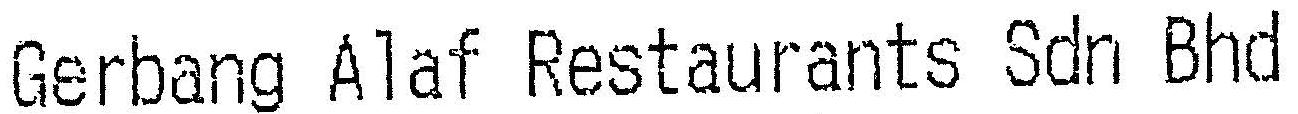
GERBANG ALAF RESTAURANTS SDN BHD